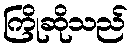
ကြိုဆိုသည်